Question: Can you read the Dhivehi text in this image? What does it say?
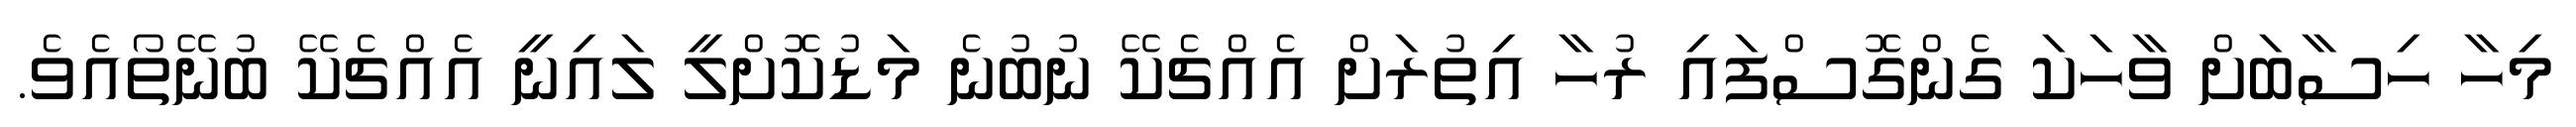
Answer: މިހާ ހިސާބަށް ވާހަކަ ގެންގޮސްފައި ރުހާ އިތުރަށް އެއްޗެކޭ ނުބުނެ މަޑުކޮށްލީ ލައިނީ އެއްޗެކޭ ބުނޭތޯއެވެ.